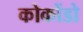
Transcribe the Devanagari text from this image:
कोकोंडो